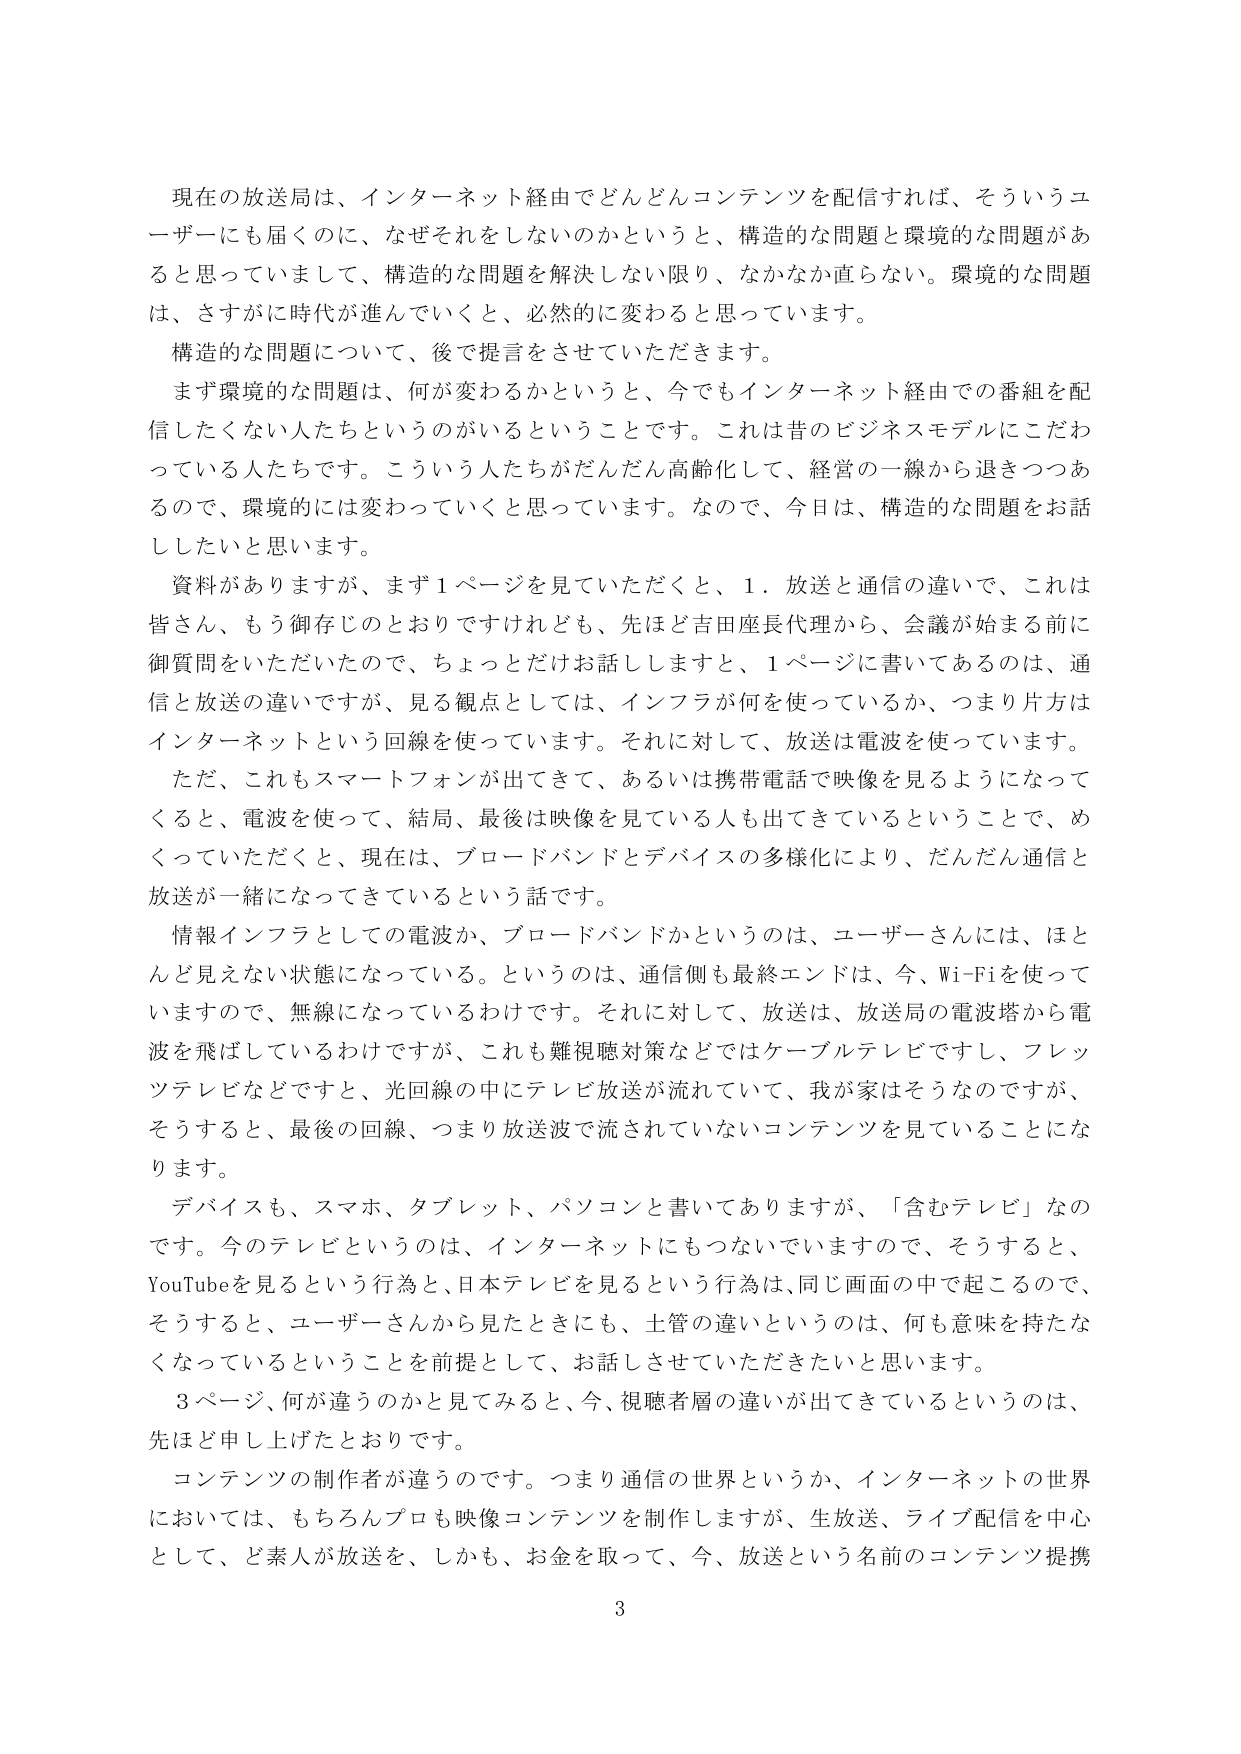
現在の放送局は、インターネット経由でどんどんコンテンツを配信すれば、そういうユーザーにも届くのに、なぜそれをしないのかというと、構造的な問題と環境的な問題があると思っていまして、構造的な問題を解決しない限り、なかなか直らない。環境的な問題は、さすがに時代が進んでいくと、必然的に変わると思っています。

構造的な問題について、後で提言をさせていただきます。

まず環境的な問題は、何が変わるかというと、今でもインターネット経由での番組を配信したくない人たちというのがいるということです。これは昔のビジネスモデルにこだわっている人たちです。こういう人たちがだんだん高齢化して、経営の一線から退きつつあるので、環境的には変わっていくと思っています。なので、今日は、構造的な問題をお話したいと思います。

資料がありますが、まず１ページを見ていただくと、１．放送と通信の違いで、これは皆さん、もう御存じのとおりですけれども、先ほど吉田座長代理から、会議が始まる前に御質問をいただいたので、ちょっとだけお話ししますと、１ページに書いてあるのは、通信と放送の違いですが、見る観点としては、インフラが何を使っているか、つまり片方はインターネットという回線を使っています。それに対して、放送は電波を使っています。

ただ、これもスマートフォンが出てきて、あるいは携帯電話で映像を見るようになってくると、電波を使って、結局、最後は映像を見ている人も出てきているということで、めくっていただくと、現在は、ブロードバンドとデバイスの多様化により、だんだん通信と放送が一緒になってきているという話です。

情報インフラとしての電波か、ブロードバンドかというのは、ユーザーさんには、ほとんど見えない状態になっている。というのは、通信側も最終エンドは、今、Wi-Fiを使っていますので、無線になっているわけです。それに対して、放送は、放送局の電波塔から電波を飛ばしているわけですが、これも難視聴対策などではケーブルテレビですし、フレッツテレビなどですと、光回線の中にテレビ放送が流れていって、我が家はそうなのですが、そうすると、最後の回線、つまり放送波で流されていないコンテンツを見ていることになります。

デバイスも、スマホ、タブレット、パソコンと書いてありますが、「含むテレビ」なのです。今のテレビというのは、インターネットにもつながっていますので、そうすると、YouTubeを見るという行為と、日本テレビを見るという行為は、同じ画面の中で起こるので、そうすると、ユーザーさんから見たときにも、土管の違いというのは、何も意味を持たなくなっているということを前提として、お話しさせていただきたいと思います。

３ページ、何が違うのかと見てみると、今、視聴者層の違いが出てきているというのは、先ほど申し上げたとおりです。

コンテンツの制作者が違うのです。つまり通信の世界というか、インターネットの世界においては、もちろんプロも映像コンテンツを制作しますが、生放送、ライブ配信を中心として、ど素人が放送を、しかも、お金を取って、今、放送という名前のコンテンツ提携

3